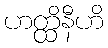
ဟတ္ထိနီဟိ